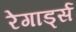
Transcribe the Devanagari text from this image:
रेगार्ड्स